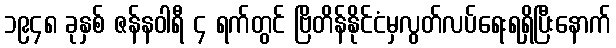
၁၉၄၈ ခုနှစ် ဇန်နဝါရီ ၄ ရက်တွင် ဗြိတိန်နိုင်ငံမှလွတ်လပ်ရေးရရှိပြီးနောက်